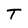
Character: T